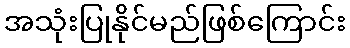
အသုံးပြုနိုင်မည်ဖြစ်ကြောင်း